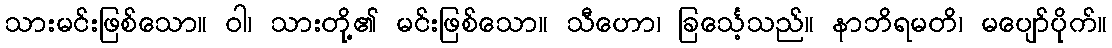
သားမင်းဖြစ်သော။ ဝါ၊ သားတို့၏ မင်းဖြစ်သော။ သီဟော၊ ခြင်္သေ့သည်။ နာဘိရမတိ၊ မပျော်ပိုက်။